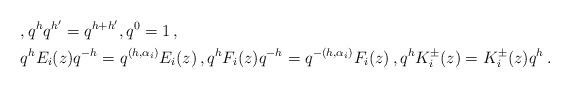
LaTeX: \begin{align*}&,q^{h}q^{h'}=q^{h+h'},q^0=1\,,\\&q^{h}E_i(z)q^{-h}=q^{(h,\alpha_i)}E_i(z)\,,q^{h}F_i(z)q^{-h}=q^{-(h,\alpha_i)}F_i(z)\,,q^hK^\pm_i(z)=K^\pm_i(z)q^h\,.\end{align*}